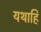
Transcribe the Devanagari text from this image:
यथाहि